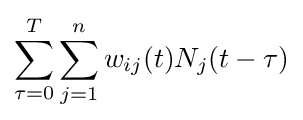
\sum _{\tau =0}^{T}\sum _{j=1}^{n}w_{ij}(t)N_{j}(t-\tau )